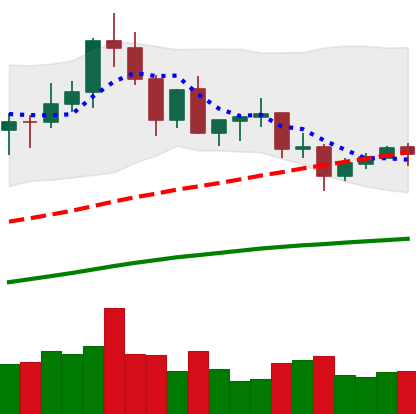
Ticker: XLM-USD
Chart end date: 2020-08-31
Forward return: -22.401%
Label: down_7plus